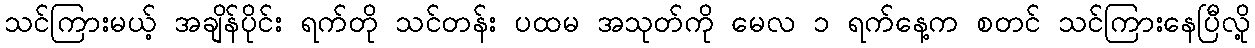
သင်ကြားမယ့် အချိန်ပိုင်း ရက်တို သင်တန်း ပထမ အသုတ်ကို မေလ ၁ ရက်နေ့က စတင် သင်ကြားနေပြီလို့